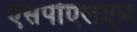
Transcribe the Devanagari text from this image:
एसपीएलएम